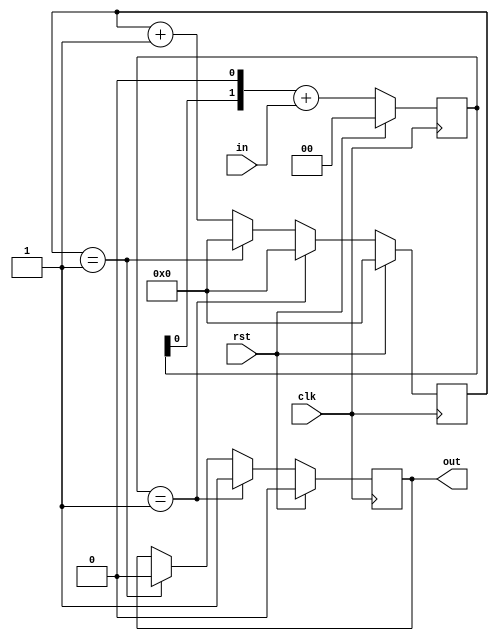
`timescale 1ns / 1ps

//Rising-edge detector that keeps the output 1 for n clock cycles
module RisingEdgeDetectorExt #(parameter n = 2) (input clk, rst, in, output reg out);
    reg[1:0] shiftReg;
    reg[31:0] count;

    always @(posedge clk) begin
        if (rst) begin 
            shiftReg <= 0;
            count <= 0;
            out <= 0;
        end
        else begin 
            shiftReg <= (shiftReg << 1) + in;
            if (count == n - 1) begin
                count <= 0;
                out <= 0;
            end
            else count <= count + 1;
        
            if (shiftReg == 1) begin
                count <= 0;
                out <= 1;
            end
        end
    end    
endmodule